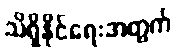
သိရှိနိုင်ရေးအတွက်